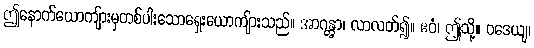
ဤနောက်ယောကျ်ားမှတစ်ပါးသောရှေးယောကျ်ားသည်။ အာဂန္တွာ၊ လာလတ်၍။ ဧဝံ၊ ဤသို့။ ဝဒေယျ၊